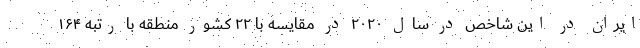
ایران در این شاخص در سال ۲۰۲۰ در مقایسه با ۲۲ کشور منطقه با رتبه ۱۶۴